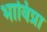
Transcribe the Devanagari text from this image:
भाविप्रा